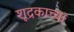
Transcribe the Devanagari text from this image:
शूद्रकाच्या